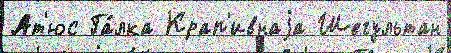
Ат'юс Га́лка Крап'ивнаjа Шегультан